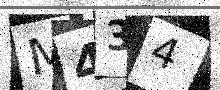
Text: M434